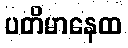
ပတိမာနေထ